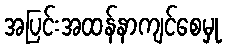
အပြင်းအထန်နာကျင်စေမှု